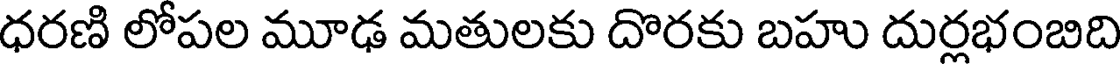
ధరణి లోపల మూఢ మతులకు దొరకు బహు దుర్లభంబిది